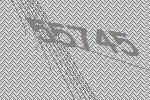
55745